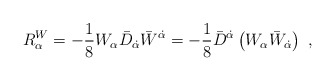
\begin{align*}R_\alpha^{W}= -\frac{1}{8}W_\alpha {\bar D}_{\dot{\alpha}}{\bar W}^{\dot{\alpha}}= -\frac{1}{8} {\bar D}^{\dot{\alpha}} \left( W_\alpha {\bar W}_{\dot{\alpha}}\right)\ ,\end{align*}